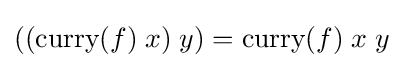
(({\text{curry}}(f)\;x)\;y)={\text{curry}}(f)\;x\;y